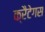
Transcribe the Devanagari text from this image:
क्रैटेगस